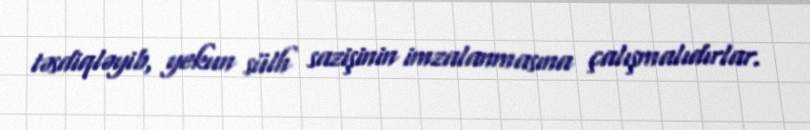
təsdiqləyib, yekun sülh sazişinin imzalanmasına çalışmalıdırlar.